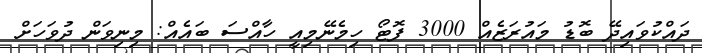
ދައްކުވައިދޭ ބޮޑު މައުރަޒެއް 3000 ފޮޓޯ ހިމެނޭމިއީ ހާއްސަ ބައެއް: މިނިވަން ދުވަހަށް